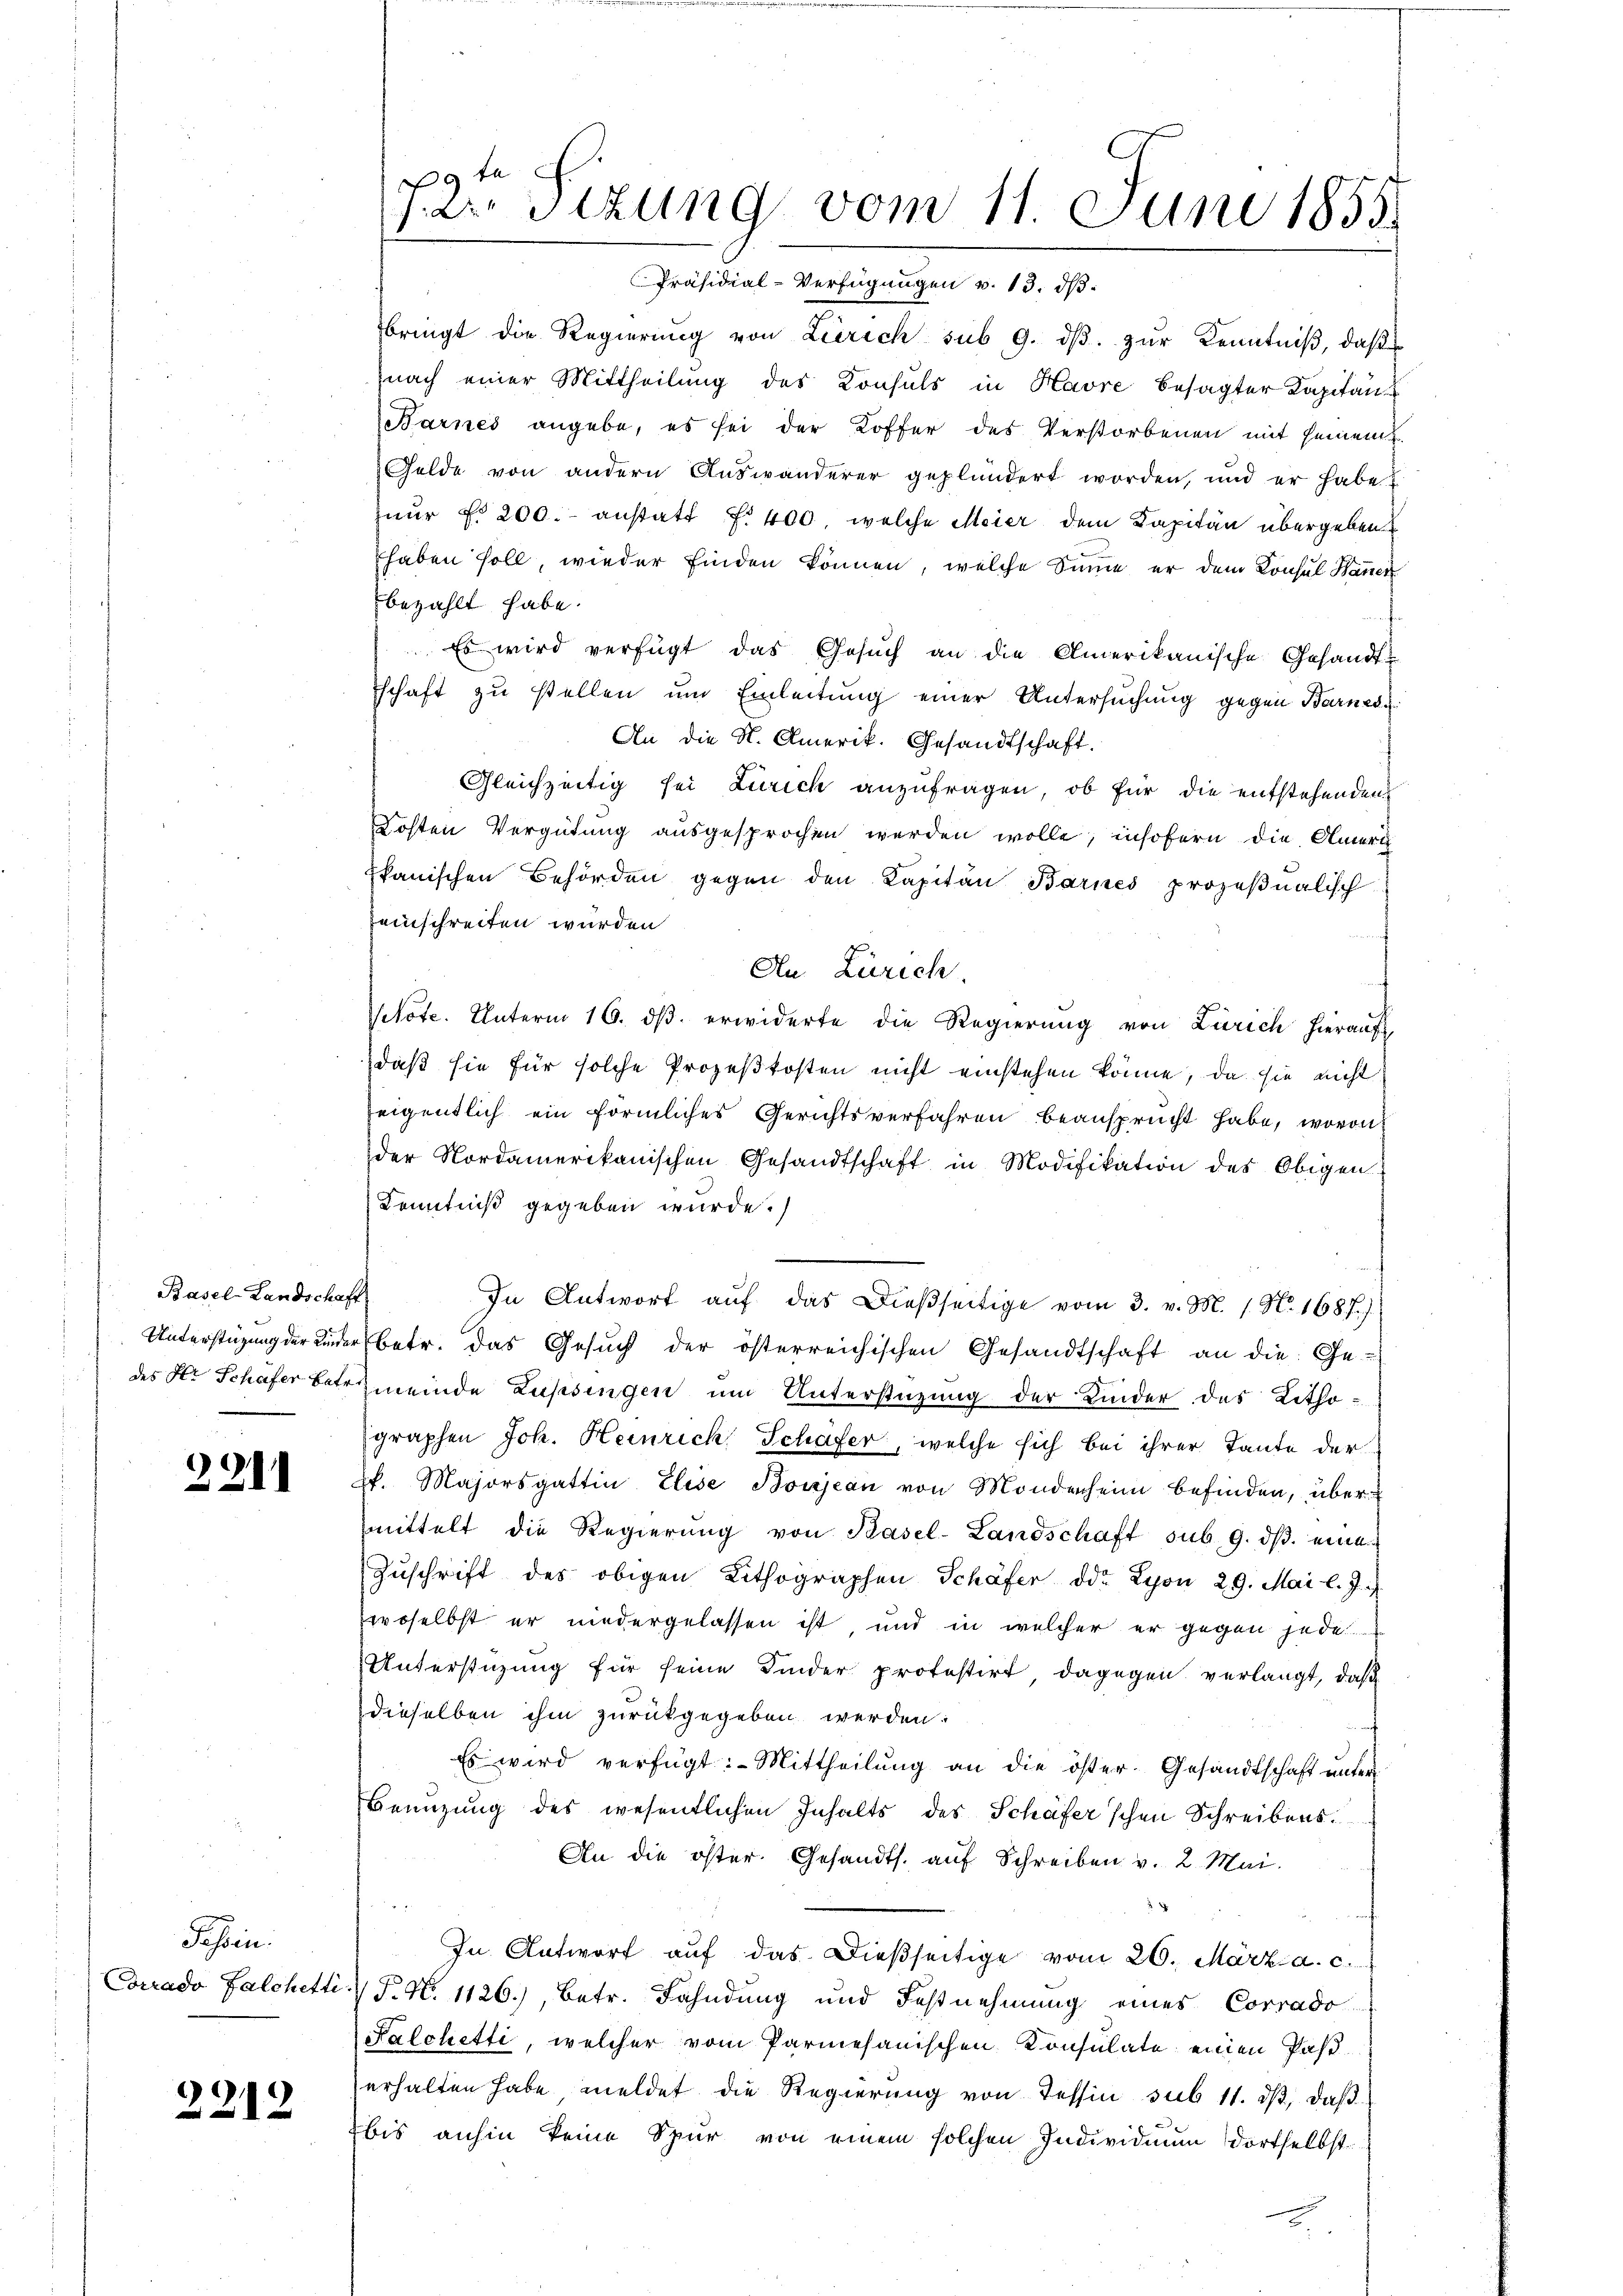
Basel-Landschaft
Unterstüzung der Kinder

221

Tessin:
Corrado Falchetti.

2212

9
 dr. Sizung vom 11. Juni 1858.

Präsidial-Verfügungen v. 13. d.
bringt die Regierung von Zürich sub 9. dβ. zur Kenntniß, daß
nach einer Mittheilung des Konsuls in Havre besagter Kapitan
Barnes angebe, es sei der Koffer des Verstorbenen mit Gemeint.
Felde von andern Auswanderer geplündert worden, und er habe
nŭr f. 200.- anstatt f. 400, welche Meier dem Kapitän übergeben.
haben soll, wieder finden können, welche Sinne er dem Konsul Hanen
bezahlt habe.
Es wird verfügt das Gesŭch an die Amerikanische Gesandt-
Tschaft zu stellen um Einleitung einer Untersuchung gegen Barnedi
An die K. Amerik. Gesandtschaft.
Gleichzeitig sei Zürich anzufragen, ob für die entstehenden
Kosten Vergütung ausgesprochen werden wolle, insofern die Ameri
kanischen Behörden gegen den Kapitän Barnes prozeβnalisch
einschreiten wurden
An Zürich
Vtote. Unterm 16. dβ. erwiderte die Regierung von Zürich hieraufs
daß sie für solche Prozeßkosten nicht einstehen könne, da sie nicht
seigentlich ein förmliches Gerichtsverfahren beansprucht habe, wovon
der Nordamerikanischen Gesandtschaft in Modifikation des Obigen
Kenntniß gegeben wurde.
In Antwort aŭf das Dieβseitige vom 3. v. M. 1. N. 1687.)
betr. das Gesuch der österreichischen Gesandtschaft an die Ge-
des Hr. Schafer betremeinde Lustsingen um Unterstüzung der Kinder des Kithographen Joh. Heinrich Schäfer, welche sich bei ihrer Tante der
k. Majorsgattin Elise Boujean von Mondenheim befinden, über
mittelt die Regierŭng von Basel-Landschaft sub 9. dβ. eine
Zŭschrift des obigen Lithographen Schäfer ddr Lyon 29. Mai l. J.,
Ewoselbst er niedergelassen ist, und in welcher er gegen jede
Unterstüzung für seine Kinder protestirt, dagegen verlangt, daß
dieselben ihm zurückgegeben werden.
Es wird verfügt: Mittheilung an die öster-Gesandtschaft unter
Benuzung des wesentlichen Inhalts des Schäfer'schen Schreibens
An die öster. Gesandts. auf Schreiben v. 2. Mai
In Antwort aŭf das dießseitige vom 26. März a. c.
P. Nr. 1126), betr. Fahndung und Festnehmung eines Corrado
Salchetti, welcher vom Parmesanischen Konsulate einen Past
erhalten habe meldet die Regierŭng von Tessin sub 11. dβ, daβ
bis anhin keine Spur von einem solchen Individium dortselbst